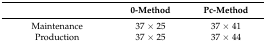
<table><thead><tr><td>[EMPTY_CELL]</td><td><b>0-Method</b></td><td><b>Pc-Method</b></td></tr></thead><tbody><tr><td>Maintenance</td><td>37 × 25</td><td>37 × 41</td></tr><tr><td>Production</td><td>37 × 25</td><td>37 × 44</td></tr></tbody></table>